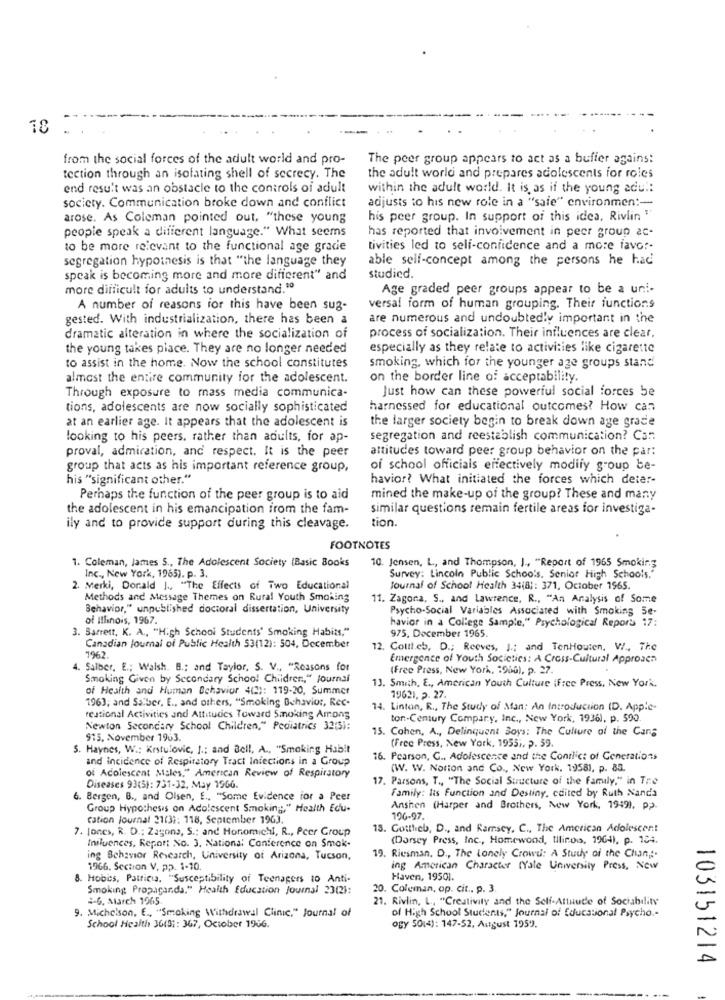
78
from the social forces of the adult world and pro-
The peer group appears to act as a buffer agains:
tection through an isolating shell of secrecy. The
the adult world and prepares adolescents for roles
end result was an obstacle to the controls of adult
within the adult world. It is, as if the young adul:
acijusts to his new role in a "sale" environmen :-
society. Communication broke down and conflict
arose. As Coleman pointed out, "these young
his peer group. In support of this idea, Rivlin "
people speak a different language." What seems
has reported that involvement in peer group ac-
to be more relevant to the functional age grace
tivities led to self-confidence and a more favor-
segregation hypothesis is that "the language they
able self-concept among the persons he had
speak is becoming more and more different" and
studied.
more difficult for adults to understand."
Age graded peer groups appear to be a uni-
A number of reasons for this have been sug-
versal form of human grouping. Their functions
gested. With industrialization, there has been a
are numerous and undoubtedly important in the
dramatic alteration in where the socialization of
process of socialization. Their influences are clear,
the young takes place. They are no longer needed
especially as they relate to activities like cigarette
to assist in the home. Now the school constitutes
smoking, which for the younger age groups stand
almost the entire community for the adolescent.
on the border line of acceptability.
Just how can these powerful social forces be
Through exposure to mass media communica-
tions, adolescents are now socially sophisticated
harnessed for educational outcomes? How can
at an earlier age. It appears that the adolescent is
the larger society begin to break down age grade
looking to his peers. rather than adults, for ap-
segregation and reestablish communication? Can
attitudes toward peer group behavior on the par:
proval, admiration, and respect. It is the peer
group that acts as his important reference group,
of school officials effectively modify group be-
his "significant other."
havior? What initiated the forces which deter-
Perhaps the function of the peer group is to aid
mined the make-up of the group? These and many
the adolescent in his emancipation from the fam-
similar questions remain fertile areas for investiga-
tion.
ily and to provide support during this cleavage.
FOOTNOTES
1. Coleman, James 5 ., The Adolescent Society (Basic Books
10. Jensen, L, and Thompson, I ., "Report of 1965 Smoking
Inc ., New York, 1965). p. 3.
Survey: Lincoln Public Schools, Senior High Schools."
2. Merki, Donald J ., "The Effects of Two Educational
Journal of School Health 34(8 ;: 371, October 1965.
Methods and Message Themes on Rural Youth Smoking
11. Zagora, S ., and Lawrence, R ., "An Analysis of Some
Behavior," unpublished doctoral dissertation, University
of Illinois, 1967.
Psycho-Social Variables Associated with Smoking 5e-
havior in a College Sample," Psychological Reports 17:
3. Barrett, K. A ., "High School Students' Smoking Habits."
975, December 1965.
Canadian journal of Public Health 53(12): 504, December
12. Coutt.cb, D .; Reeves, J .; and TenHouten. W ., The
1962.
Emergence of Youth Socictics: A Cross-Cultural Approach
4. Salber, E .; Walsh. B .: and Taylor, S. V ., "Reasons for
(Free Press, New York, 1900), p. 27.
Smoking Given by Secondary School Children," journal
of Health and Human Behavior 4(2): 119-20, Summer
13. Smith, E ., American Youth Culture iFree Press, New York.
1963; and Salber, E ., and others, "Smoking Behavior, Rec-
19621. 2. 27.
14. Linton, R ., The Study of Man: An Introduction (D. Apple-
reational Activities and Attitudes Toward Smoking Among
ton-Century Compary, Inc ., New York, 1936), p. 500.
Newton Secondary School Children," Pediatrics 32(5):
15. Cohen, A ., Delinquent Boys: The Culture of the Cang
915. November 1963.
S. Haynes, W .: Krstulovic, I .: and Bell, A ., "Smoking Habit
(Free Press, New York, 1955), p. 59.
and incidence of Respiratory Tract Infections in a Group
16. Pearson, C ., Adolescence and the Conflict of Generations
of Adolescent Males," American Review of Respiratory
(W. W. Notion and Co ., New York, 1958), p. 83.
17. Parsons, T ., "The Social Structure of the family," in Tre
Diseases 93(5): 731-32, May 1966.
Family: Its Function and Destiny, edited by Ruth Nand's
6. Bergen, B ., and Olsen, E ., "Some Evidence for a Peer
Group Hypothesis on Adolescent Smoking," Health Edu-
Anshen (Harper and Brothers, New York, 1949), pp).
cation journal 21(3): 118, September 1963.
196-97.
7. Jones, R. D .: Zagona, S .; and Honomichl, R ., Pcer Group
13. Gottheb, D ., and Ramsey, C ., The American Adolescent
Influences, Report No. 3. National Conference on Smok-
(Darsey Press, Inc ., Homewood, Illinois, 1964). p. 134.
19. Riesman. D ., The Lonely Crowu: A Study of the Chan ,;.
ing Behavior Research, University of Arizona, Tucson,
1966. Section V, pp. 1-10.
ing American Character (Yale University Press, New
8. Hobies, Patricia, "Susceptibility of Teenagers to Anti-
Haven, 19501.
Smoking Propaganda." Health Education Journal 23(21:
20. Coleman, op. cit ., p. 3
2-6, March 1965.
21. Rivlin, L ., "Creativity and the Self-Attuude of Sociability
9. Michelson, E ., "Smoking Withdrawal Clinic." Journal of
of High School Students," Journal of Educational Psycho .-
School Health 36101: 367, October 1936.
ogy 5014): 147-52, August 1959.
103151214